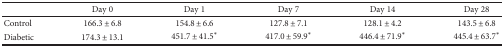
<table><thead><tr><td></td><td><b>Day 0</b></td><td><b>Day 1</b></td><td><b>Day 7</b></td><td><b>Day 14</b></td><td><b>Day 28</b></td></tr></thead><tbody><tr><td>Control</td><td>166.3 ± 6.8</td><td>154.8 ± 6.6</td><td>127.8 ± 7.1</td><td>128.1 ± 4.2</td><td>143.5 ± 6.8</td></tr><tr><td>Diabetic</td><td>174.3 ± 13.1</td><td>451.7 ± 41.5<sup>∗</sup></td><td>417.0 ± 59.9<sup>∗</sup></td><td>446.4 ± 71.9<sup>∗</sup></td><td>445.4 ± 63.7<sup>∗</sup></td></tr></tbody></table>